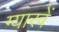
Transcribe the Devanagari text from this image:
ग्‍यारवें